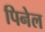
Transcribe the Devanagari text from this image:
पिनेल